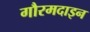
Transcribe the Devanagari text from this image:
गौरमदाइन